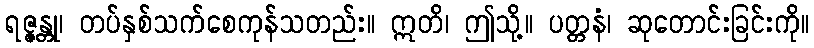
ရဇ္ဇန္တု၊ တပ်နှစ်သက်စေကုန်သတည်း။ ဣတိ၊ ဤသို့။ ပတ္တနံ၊ ဆုတောင်းခြင်းကို။